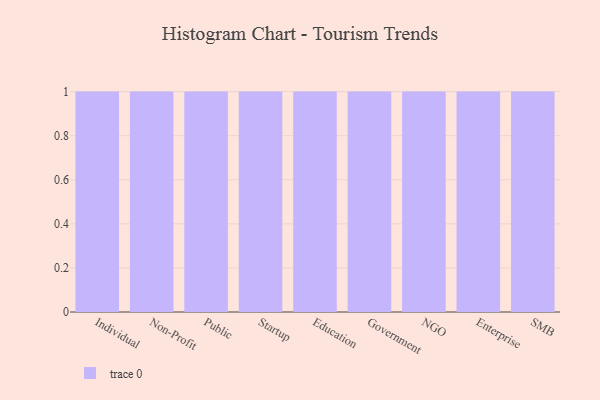
{"axis": {"x": "Segment", "y": "Budget (USD K)"}, "legend": [""], "data": [{"x": "Individual", "y": 95, "type": ""}, {"x": "Non-Profit", "y": 82, "type": ""}, {"x": "Public", "y": 98, "type": ""}, {"x": "Startup", "y": 86, "type": ""}, {"x": "Education", "y": 65, "type": ""}, {"x": "Government", "y": 66, "type": ""}, {"x": "NGO", "y": 83, "type": ""}, {"x": "Enterprise", "y": 63, "type": ""}, {"x": "SMB", "y": 94, "type": ""}]}